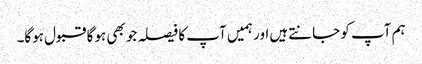
ہم آپ کو جانتےہیں اور ہمیں آپ کا فیصلہ جو بھی ہوگا قبول ہوگا۔